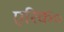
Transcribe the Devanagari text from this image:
एरिक॰